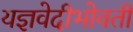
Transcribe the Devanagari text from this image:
यज्ञवेदीभोवती